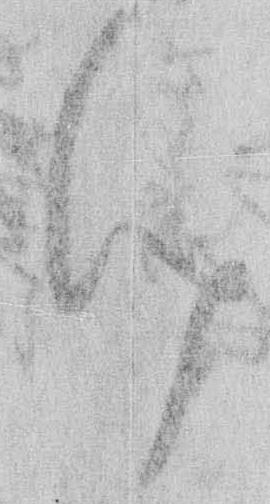
け